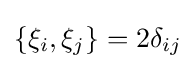
\left\{\xi _{i},\xi _{j}\right\}=2\delta _{ij}